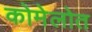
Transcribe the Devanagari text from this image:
कोमेलोत